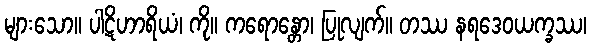
များသော။ ပါဋိဟာရိယံ၊ ကို။ ကရောန္တော၊ ပြုလျက်။ တဿ နရဒေဝယက္ခဿ၊